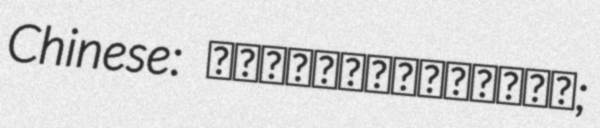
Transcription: Chinese: 江西贛粵高速公路股份有限公司;